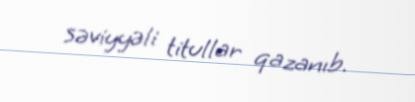
səviyyəli titullar qazanıb.